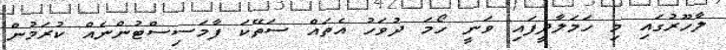
ލާހޫރުގައި މި ހަމަލާދީފައި ވަނީ ހޯމަ ދުވަހު އެތައް ސަތޭކަ ފާމަސިސްޓުންނެއް ކުރަމުން